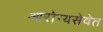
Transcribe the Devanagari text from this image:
आरोग्यसेवेत